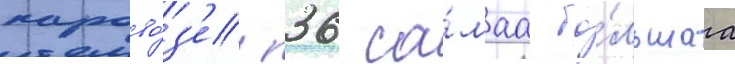
парово́з'е п36 са́маа бо́льшаа